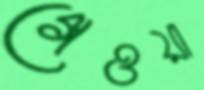
গেওয়া